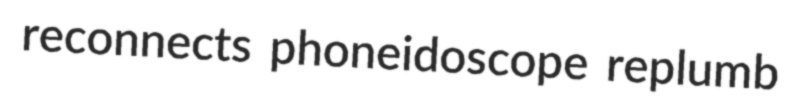
reconnects phoneidoscope replumb